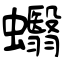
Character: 蠮